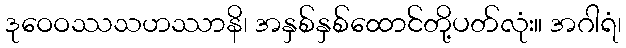
ဒုဝေဝဿသဟဿာနိ၊ အနှစ်နှစ်ထောင်တို့ပတ်လုံး။ အဂါရံ၊